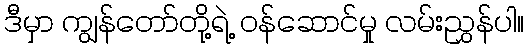
ဒီမှာ ကျွန်တော်တို့ရဲ့ ဝန်ဆောင်မှု လမ်းညွှန်ပါ။